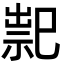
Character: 䄐